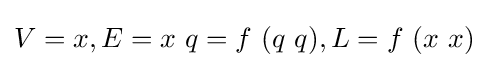
V=x,E=x\ q=f\ (q\ q),L=f\ (x\ x)